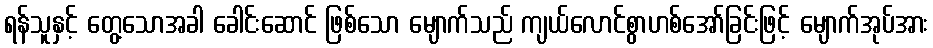
ရန်သူနှင့် တွေ့သောအခါ ခေါင်းဆောင် ဖြစ်သော မျောက်သည် ကျယ်လောင်စွာဟစ်အော်ခြင်းဖြင့် မျောက်အုပ်အား